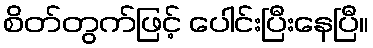
စိတ်တွက်ဖြင့် ပေါင်းပြီးနေပြီ။